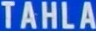
TAHLA